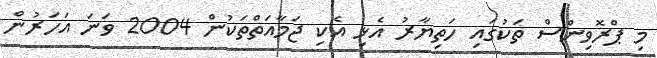
މި ޕްރޮވިންސް ތަކުގައި ހަތިޔާރު އެޅި އެކި ޖަމާއަތްތަކުން 2004 ވަނަ އަހަރުން